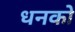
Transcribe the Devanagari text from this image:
धनको